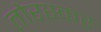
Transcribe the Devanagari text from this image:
तोरस्कर